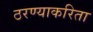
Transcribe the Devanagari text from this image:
ठरण्याकरिता